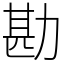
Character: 勘